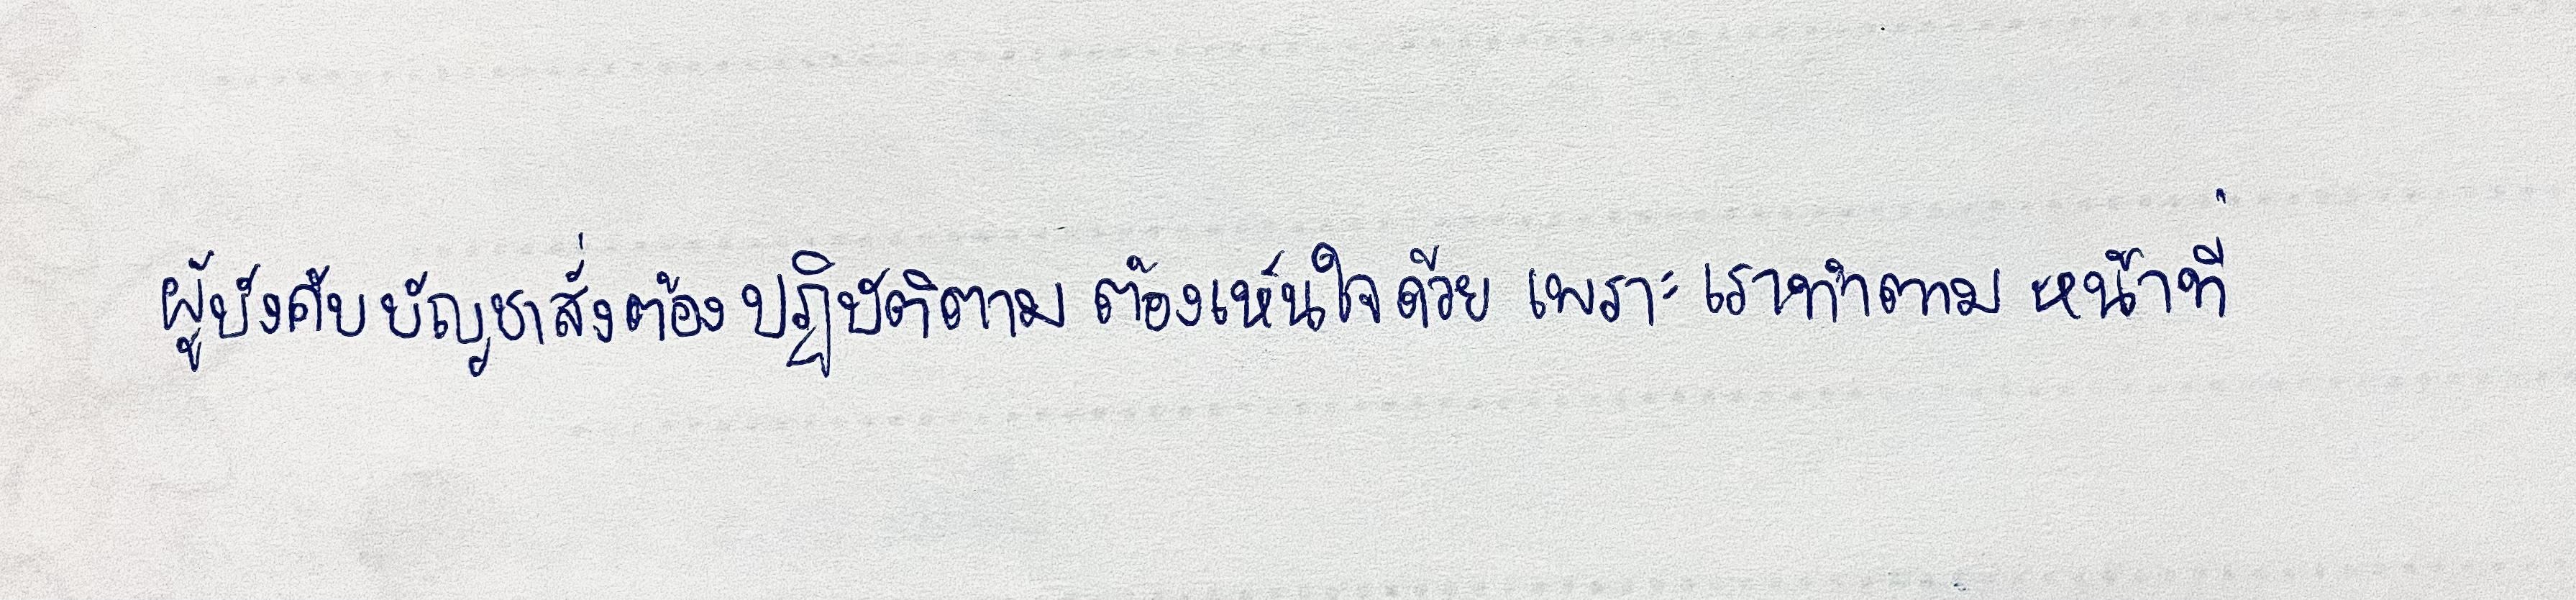
ผู้บังคับบัญชาสั่งต้องปฏิบัติตามต้องเห็นใจด้วยเพราะเราทำตามหน้าที่